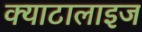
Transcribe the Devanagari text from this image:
क्याटालाइज